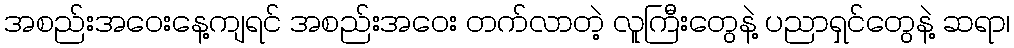
အစည်းအဝေးနေ့ကျရင် အစည်းအဝေး တက်လာတဲ့ လူကြီးတွေနဲ့ ပညာရှင်တွေနဲ့ ဆရာ၊